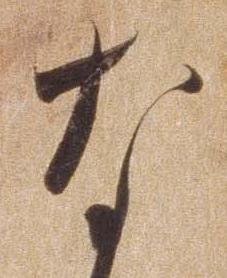
な